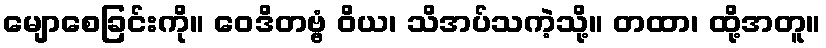
မျောစေခြင်းကို။ ဝေဒိတဗ္ဗံ ဝိယ၊ သိအပ်သကဲ့သို့။ တထာ၊ ထို့အတူ။